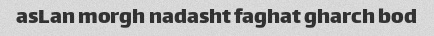
asLan morgh nadasht faghat gharch bod